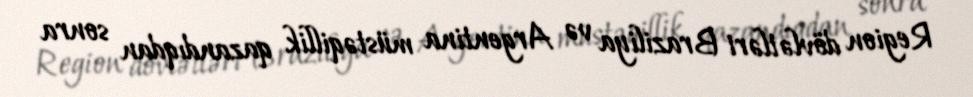
Region dövlətləri Braziliya və Argentina müstəqillik qazandıqdan sonra